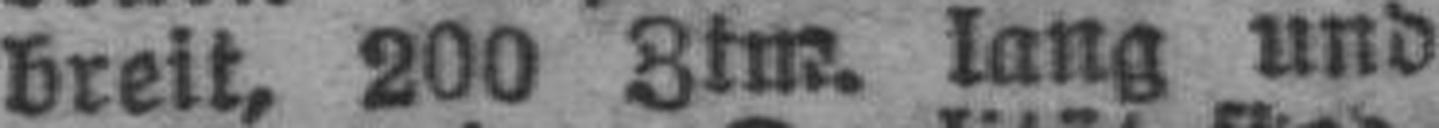
breit, 200 Ztm. lang und